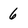
Character: 6